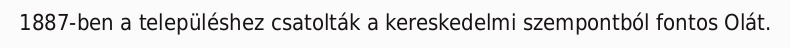
1887-ben a településhez csatolták a kereskedelmi szempontból fontos Olát.